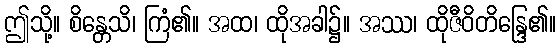
ဤသို့။ စိန္တေသိ၊ ကြံ၏။ အထ၊ ထိုအခါ၌။ အဿ၊ ထိုဇီဝိတိန္ဒြေ၏။